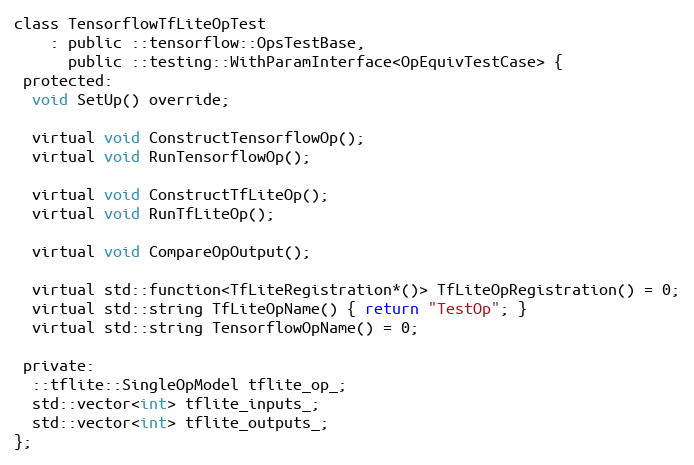
Language: C
class TensorflowTfLiteOpTest
    : public ::tensorflow::OpsTestBase,
      public ::testing::WithParamInterface<OpEquivTestCase> {
 protected:
  void SetUp() override;

  virtual void ConstructTensorflowOp();
  virtual void RunTensorflowOp();

  virtual void ConstructTfLiteOp();
  virtual void RunTfLiteOp();

  virtual void CompareOpOutput();

  virtual std::function<TfLiteRegistration*()> TfLiteOpRegistration() = 0;
  virtual std::string TfLiteOpName() { return "TestOp"; }
  virtual std::string TensorflowOpName() = 0;

 private:
  ::tflite::SingleOpModel tflite_op_;
  std::vector<int> tflite_inputs_;
  std::vector<int> tflite_outputs_;
};